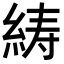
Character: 𦀳